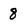
Character: 8